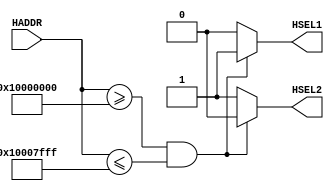
module AHB_miDecoder_S1(
	HADDR,
	HSEL1,
	HSEL2);
	input wire [31:0]HADDR;
	output wire HSEL1;
	output wire HSEL2;
	parameter addr_start1='h1000_0000,addr_size1='h8000;
	parameter addr_end1=addr_start1+addr_size1-1;

	wire [31:0]add;
	assign add=HADDR;
	
	reg sel1,sel2;
	assign HSEL1=sel1;
	assign HSEL2=sel2;
	
	always@(*)
	begin
		if(add>=addr_start1&&add<=addr_end1)
			sel1<=1;
		else
			sel1<=0;
		if((add>=addr_start1&&add<=addr_end1))
			sel2<=0;
		else
			sel2<=1;
	end
	


endmodule